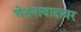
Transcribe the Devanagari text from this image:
चेतनावादावर